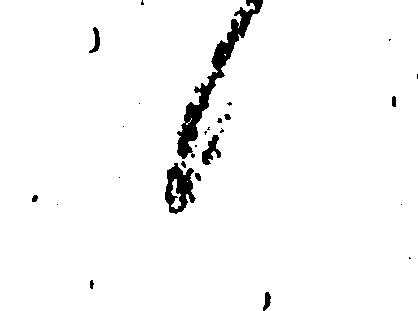
候